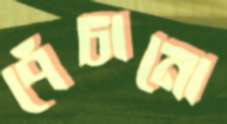
পেঁচানো